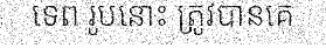
ទេព រូបនោះ ត្រូវបានគេ